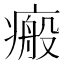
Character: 瘢